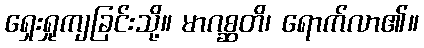
ရှေးရှုကျခြင်းသို့။ မာဂစ္ဆတိ၊ ရောက်လာ၏။